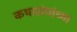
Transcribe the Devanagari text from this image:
कथासंघांच्या